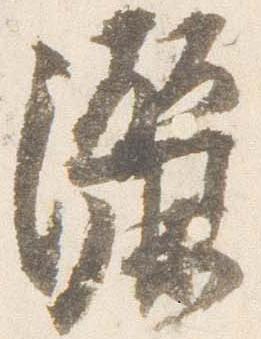
灑